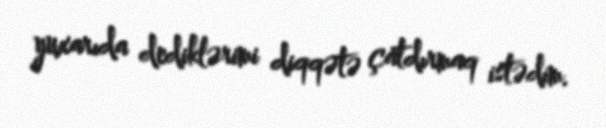
yuxarıda dediklərimi diqqətə çatdırmaq istədim.